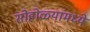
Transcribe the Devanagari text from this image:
सोहोळ्यांमध्ये